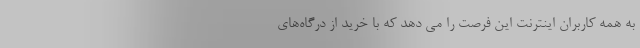
به همه کاربران اینترنت این فرصت را می دهد که با خرید از درگاه‌های